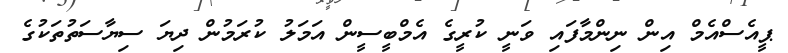
ޕީއެސްއެމް އިން ނިންމާފައި ވަނީ ކުރީގެ އެމްބީސީން އަމަލު ކުރަމުން ދިޔަ ސިޔާސަތުތަކުގެ